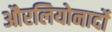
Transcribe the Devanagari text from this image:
औरलियोनार्दो